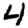
Digit: 4